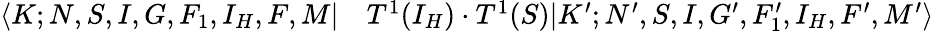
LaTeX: \begin{array}{rl}{\langle K;N,S,I,G,F_{1},I_{H},F,M|}&{{}T^{1}(I_{H})\cdot T^{1}(S)|K^{\prime};N^{\prime},S,I,G^{\prime},F_{1}^{\prime},I_{H},F^{\prime},M^{\prime}\rangle}\end{array}